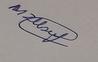
Signature authenticity: genuine